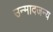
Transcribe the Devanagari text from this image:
उन्मादजन्य